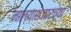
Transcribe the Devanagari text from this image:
नाल्याशेजारच्या